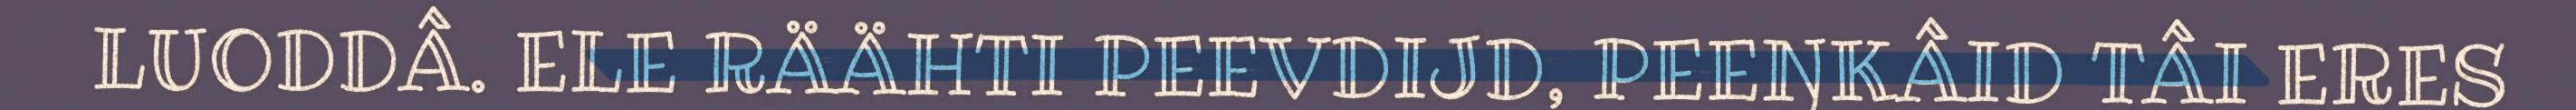
LUODDÂ. ELE RÄÄHTI PEEVDIJD, PEEŊKÂID TÂI ERES